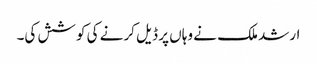
ارشد ملک نے وہاں پر ڈیل کرنے کی کوشش کی۔